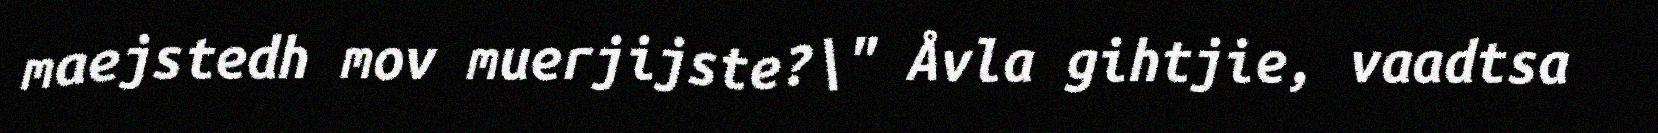
maejstedh mov muerjijste?\" Åvla gihtjie, vaadtsa